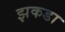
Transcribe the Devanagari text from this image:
झकडा